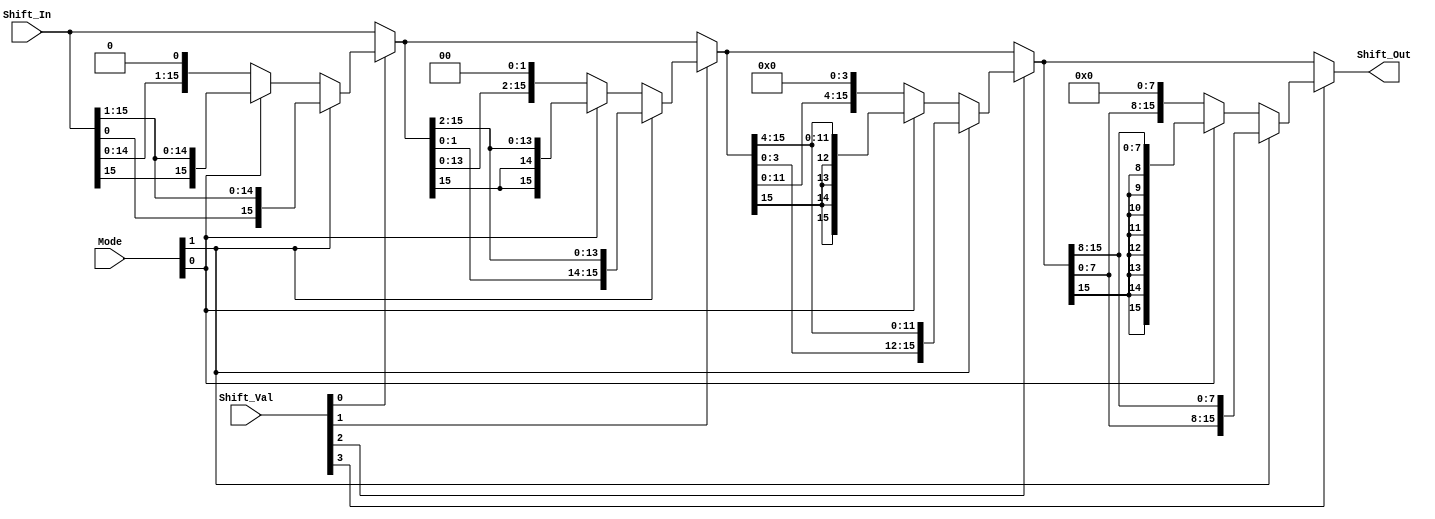
module Shifter (Shift_Out, Shift_In, Shift_Val, Mode);
input [15:0] Shift_In; //This is the number to perform shift operation on

input [3:0] Shift_Val; //Shift amount (used to shift the Shift_In)
input [1:0] Mode; // To indicate SLL or SRA , 00 is SLL, 01 is SRA,  10: Rotate right
output [15:0] Shift_Out; //Shifter value

wire [15:0] shift_0, shift_1, shift_2;


assign shift_0 = 
                Shift_Val[0] ?  
                    Mode[1] ? {Shift_In[0], Shift_In[15:1]} : 
                        Mode[0] ? 
                            {Shift_In[15], Shift_In[15:1]} :   // Shift right 1 bit
                            {Shift_In[14:0], 1'b0}    // Shift left 1 bit
                : Shift_In;


assign shift_1 = 
                Shift_Val[1] ?  
                    Mode[1] ? {shift_0[1:0], shift_0[15:2]} : 
                        Mode[0] ? 
                            { {2{shift_0[15]}}, shift_0[15:2]} :   // Shift right 2 bit
                            {shift_0[13:0], 2'b00}    // Shift left 2 bit
                : shift_0;

assign shift_2 = 
                Shift_Val[2] ?  
                    Mode[1] ? {shift_1[3:0], shift_1[15:4]} : 
                        Mode[0] ? 
                            { {4{shift_1[15]}}, shift_1[15:4]} :   // Shift right 4 bit
                            {shift_1[11:0], 4'b0000}    // Shift left 4 bit
                : shift_1;


assign Shift_Out = 
                Shift_Val[3] ?  
                    Mode[1] ? {shift_2[7:0], shift_2[15:8]} : 
                        Mode[0] ? 
                            { {8{shift_2[15]}}, shift_2[15:8]} :   // Shift right 8 bit
                            {shift_2[7:0], 8'b00000000}    // Shift left 8 bit
                : shift_2;






endmodule